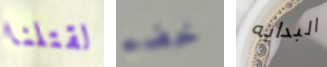
لقتلنا خضم البدايه